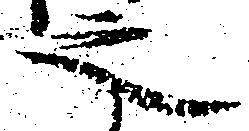
之